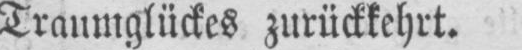
Traumglückes zurückkehrt.